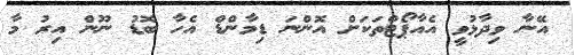
އޭނާ ވިދާޅުވީ އެއާޕޯޓްތަކަށް އޮންނަ ޑިމާންޑް އެހާ ބޮޑު ނޫން އިރު މާ